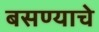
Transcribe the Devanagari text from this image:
बसण्याचे